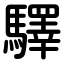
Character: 驛